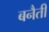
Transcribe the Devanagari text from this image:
बनैती